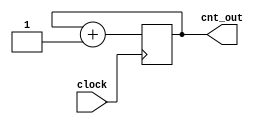
module cnt1 (clock, cnt_out);

input        clock;
output [3:0] cnt_out;

reg [3:0] cnt_out;
  always @ (posedge clock)
         cnt_out <= cnt_out + 1;


endmodule